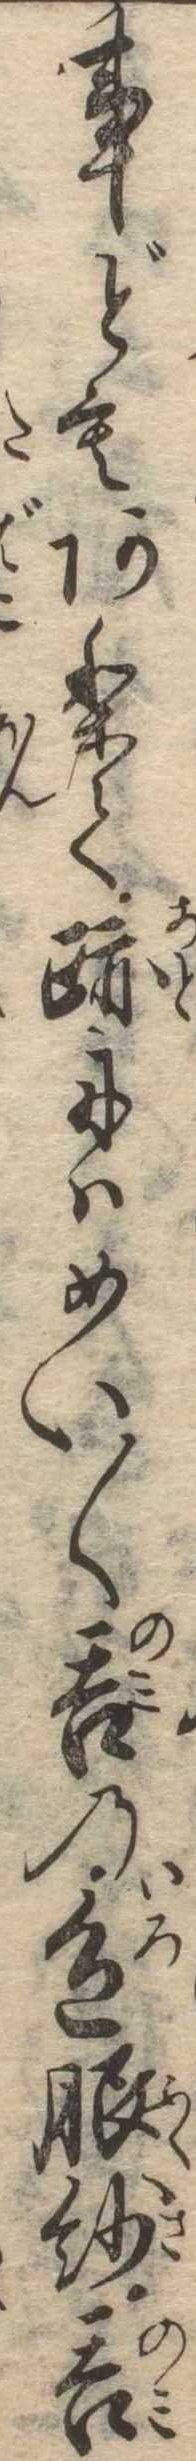
事どもありて跡にはめい〱呑の色服紗呑